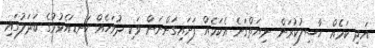
އަދި ކަމެއް ހާސިލުކުރަން ނިޔަތްގަނެ އެކަމެއް ފަށައިގަންނަން ވަކި ދުވަހެއް ކަނޑައެޅުމުގެ ބަދަލުގައި